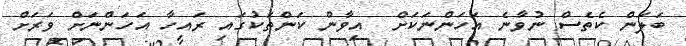
ބަލަން ކެތެސް ނުވާނެ އަހަންނަކަށް  އިވާން ކަންތަކުގައި ރައިހާ އަހަންނަށް ވަރަށް